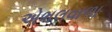
એભલવાળા